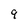
Character: 9